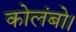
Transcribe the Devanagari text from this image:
कोलंबो।